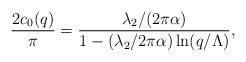
\begin{align*}{2c_0(q)\over\pi} = {\lambda_2/(2\pi\alpha)\over 1 -(\lambda_2/2\pi\alpha)\ln (q/\Lambda)},\end{align*}